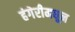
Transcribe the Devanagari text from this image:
हंगेरीमधून